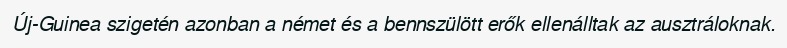
Új-Guinea szigetén azonban a német és a bennszülött erők ellenálltak az ausztráloknak.